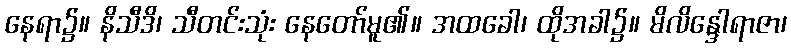
နေရာ၌။ နိသီဒိ၊ သီတင်းသုံး နေတော်မူ၏။ အထခေါ၊ ထိုအခါ၌။ မိလိန္ဒေါရာဇာ၊